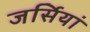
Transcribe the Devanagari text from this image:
जर्सियां